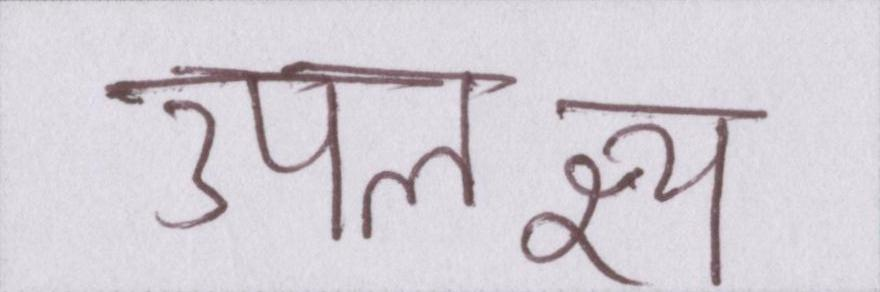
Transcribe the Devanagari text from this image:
उपलक्ष्य